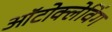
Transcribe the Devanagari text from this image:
ऑटोक्लेविंग